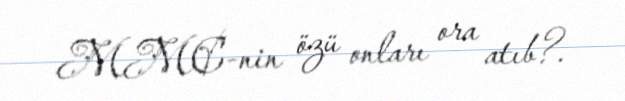
MMC-nin özü onları ora atıb?.